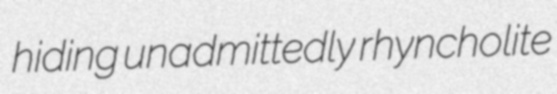
hiding unadmittedly rhyncholite